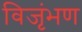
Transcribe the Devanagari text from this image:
विजृंभण